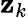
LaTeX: \mathbf{z}_{k}